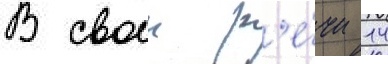
В своеи р'е́чи 14